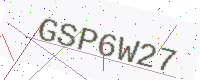
Text: GSP6W27